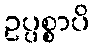
ဥပ္ပစ္စာပိ